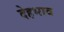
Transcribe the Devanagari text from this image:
देहभाव